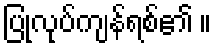
ပြုလုပ်ကျန်ရစ်၏ ။